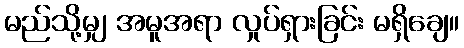
မည်သို့မျှ အမူအရာ လှုပ်ရှားခြင်း မရှိချေ။